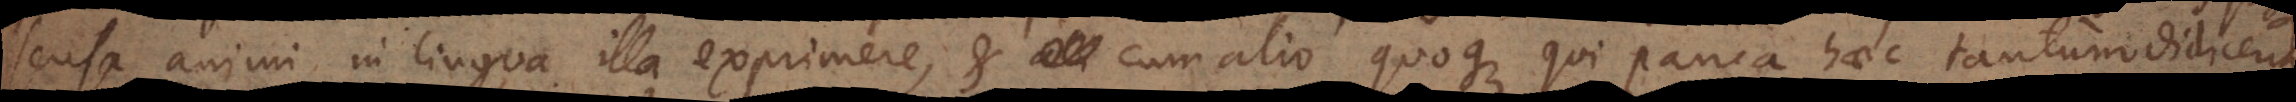
sensa animi in lingua illa exprimere, et cum alio quoque qui pauca haec tantum didicerit